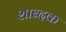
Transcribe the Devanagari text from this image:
शाब्दक